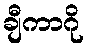
ချီကာဂို